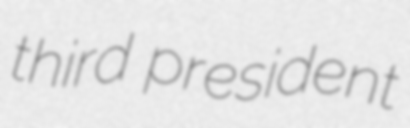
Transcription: third president